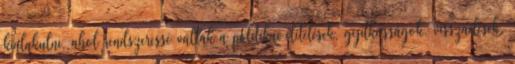
kialakulni, ahol rendszeressé váltak a politikai elítélések, gyilkosságok, visszaélések.